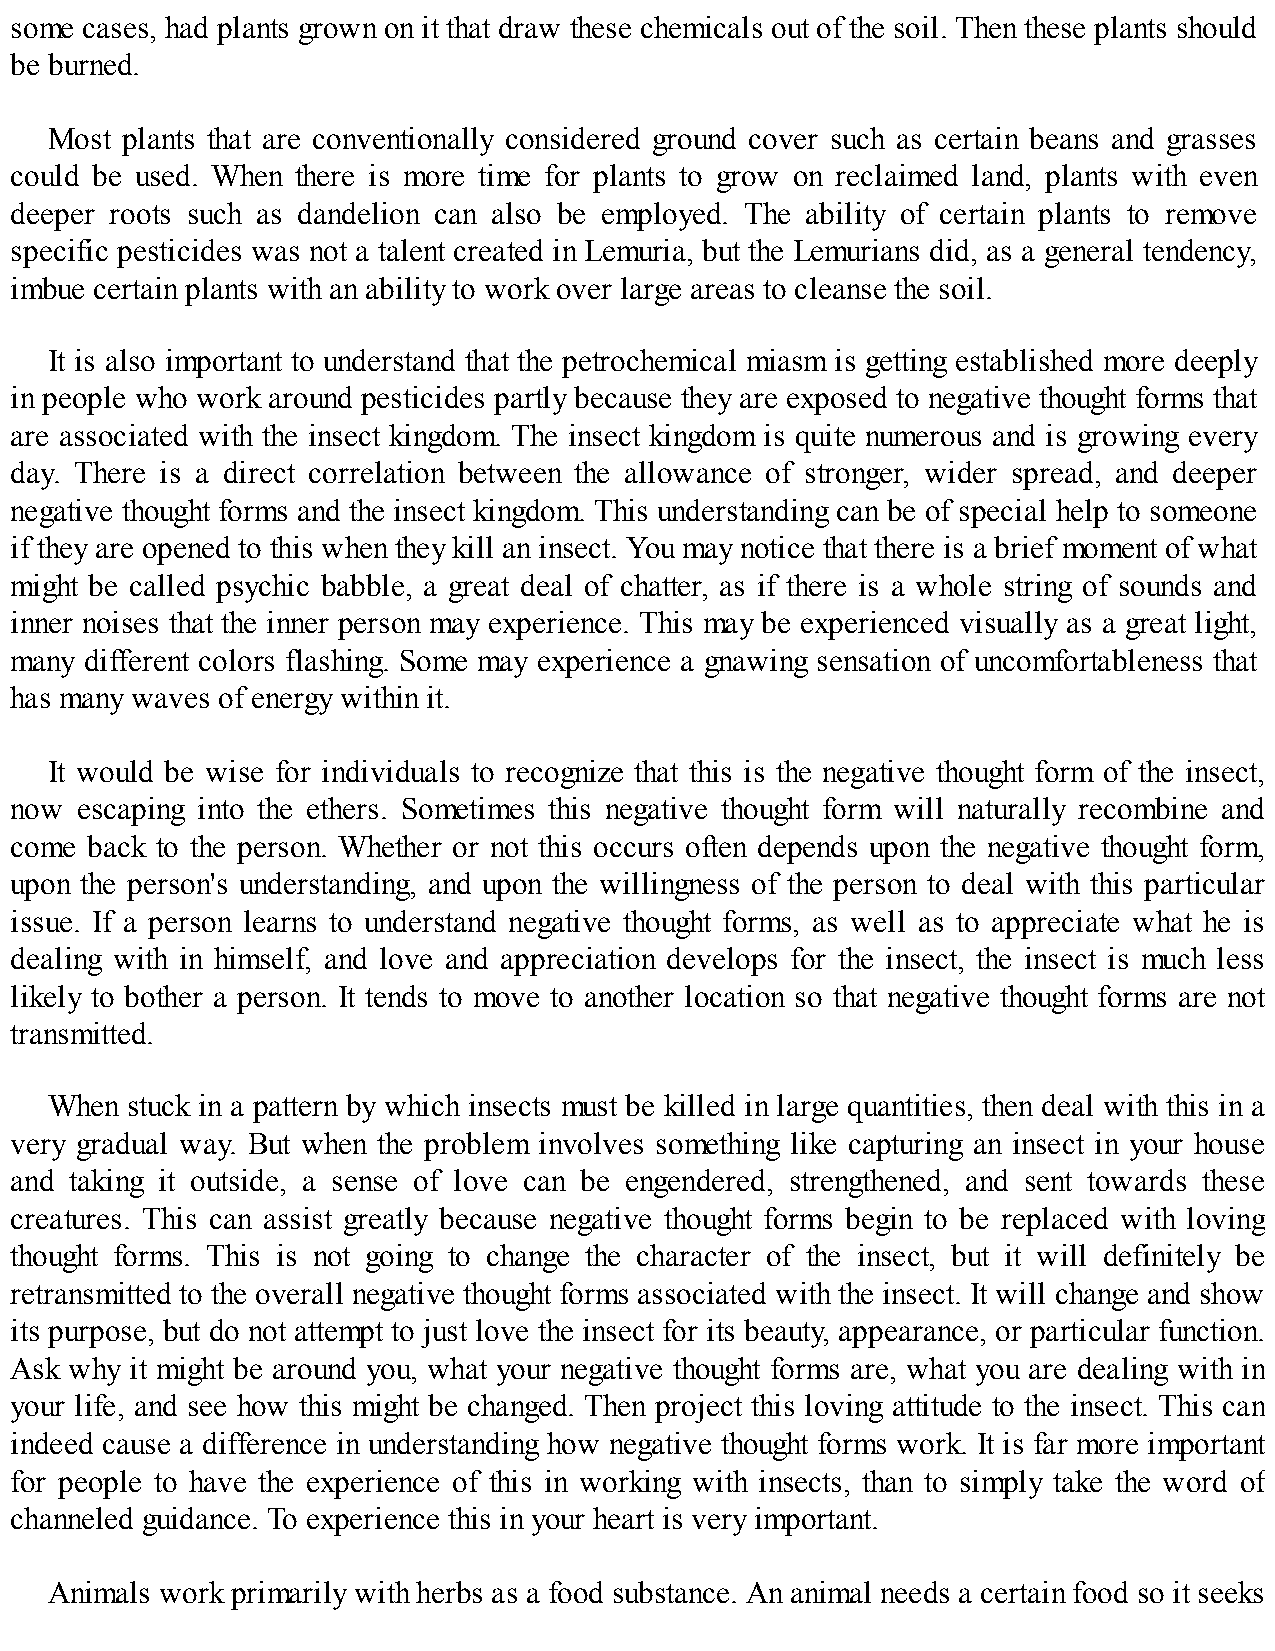
some cases, had plants grown on it that draw these chemicals out of the soil. Then these plants should
 be burned.
 Most plants that are conventionally considered ground cover such as certain beans and grasses
 could be used. When there is more time for plants to grow on reclaimed land, plants with even
 deeper roots such as dandelion can also be employed. The ability of certain plants to remove
 specific pesticides was not a talent created in Lemuria, but the Lemurians did, as a general tendency,
 imbue certain plants with an ability to work over large areas to cleanse the soil.
 It is also important to understand that the petrochemical miasm is getting established more deeply
 in people who work around pesticides partly because they are exposed to negative thought forms that
 are associated with the insect kingdom. The insect kingdom is quite numerous and is growing every
 day. There is a direct correlation between the allowance of stronger, wider spread, and deeper
 negative thought forms and the insect kingdom. This understanding can be of special help to someone
 if they are opened to this when they kill an insect. You may notice that there is a brief moment of what
 might be called psychic babble, a great deal of chatter, as if there is a whole string of sounds and
 inner noises that the inner person may experience. This may be experienced visually as a great light,
 many different colors flashing. Some may experience a gnawing sensation of uncomfortableness that
 has many waves of energy within it.
 It would be wise for individuals to recognize that this is the negative thought form of the insect,
 now escaping into the ethers. Sometimes this negative thought form will naturally recombine and
 come back to the person. Whether or not this occurs often depends upon the negative thought form,
 upon the person's understanding, and upon the willingness of the person to deal with this particular
 issue. If a person learns to understand negative thought forms, as well as to appreciate what he is
 dealing with in himself, and love and appreciation develops for the insect, the insect is much less
 likely to bother a person. It tends to move to another location so that negative thought forms are not
 transmitted.
 When stuck in a pattern by which insects must be killed in large quantities, then deal with this in a
 very gradual way. But when the problem involves something like capturing an insect in your house
 and taking it outside, a sense of love can be engendered, strengthened, and sent towards these
 creatures. This can assist greatly because negative thought forms begin to be replaced with loving
 thought forms. This is not going to change the character of the insect, but it will definitely be
 retransmitted to the overall negative thought forms associated with the insect. It will change and show
 its purpose, but do not attempt to just love the insect for its beauty, appearance, or particular function.
 Ask why it might be around you, what your negative thought forms are, what you are dealing with in
 your life, and see how this might be changed. Then project this loving attitude to the insect. This can
 indeed cause a difference in understanding how negative thought forms work. It is far more important
 for people to have the experience of this in working with insects, than to simply take the word of
 channeled guidance. To experience this in your heart is very important.
 Animals work primarily with herbs as a food substance. An animal needs a certain food so it seeks